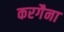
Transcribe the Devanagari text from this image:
करगैना